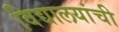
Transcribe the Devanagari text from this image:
विद्यालयांची